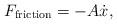
LaTeX: \begin{align*}F_{\rm friction} = -A\dot{x},\end{align*}